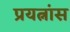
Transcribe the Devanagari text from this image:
प्रयत्नांस